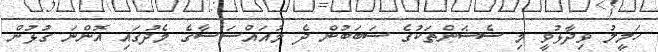
ހަލީލު ވިދާޅުވީ މި ސެޝަންތަކުގެ ސަބަބުން ދެ މުއައްސަސާގެ މެދުގައި އޮންނަ ގުޅުން